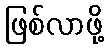
ဖြစ်လာဖို့